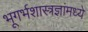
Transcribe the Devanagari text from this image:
भूगर्भशास्त्रज्ञांमध्ये